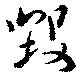
毀